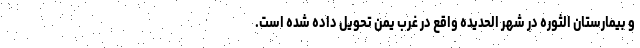
و بیمارستان الثوره در شهر الحدیده واقع در غرب یمن تحویل داده شده است.